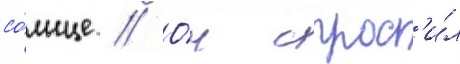
со́лнце // О́н спрос'и́л